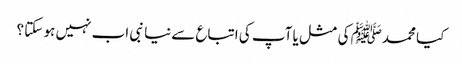
کیا محمدﷺ کی مثل یا آپ کی اتباع سےنیا نبی اب نہیں ہو سکتا ؟